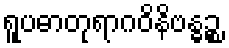
ရူပဓာတုရာဂဝိနိဗန္ဓဉ္စ